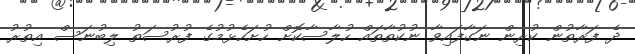
ދެ ފަރާތުން ކުރިން ނަގާފައިވާ ނުކުތާތައް ހުލާސާކޮށް ހުށަހެޅުމުގެ ފުރުސަތު ލިބުނަސް އިތުރު